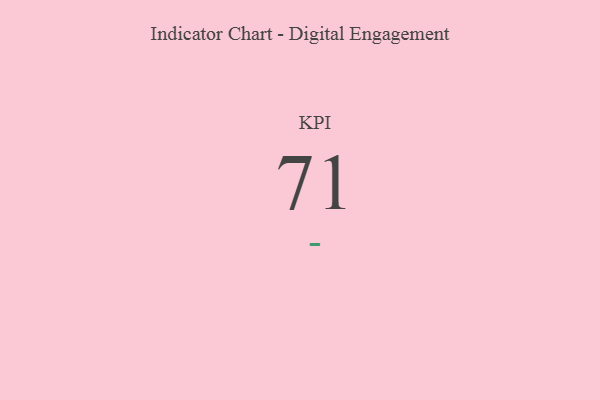
{"axis": {"x": "KPI", "y": "Value"}, "legend": [""], "data": [{"x": "KPI", "y": 71, "type": ""}]}